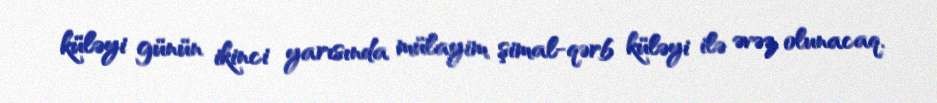
küləyi günün ikinci yarısında mülayim şimal-qərb küləyi ilə əvəz olunacaq.